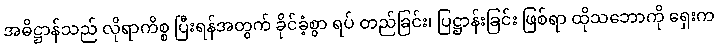
အဓိဋ္ဌာန်သည် လိုရာကိစ္စ ပြီးရန်အတွက် ခိုင်ခံ့စွာ ရပ် တည်ခြင်း၊ ပြဋ္ဌာန်းခြင်း ဖြစ်ရာ ထိုသဘောကို ရှေးက